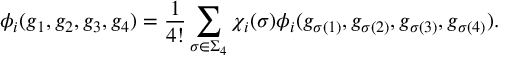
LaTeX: \phi _ { i } ( g _ { 1 } , g _ { 2 } , g _ { 3 } , g _ { 4 } ) = { \frac { 1 } { 4 ! } } \sum _ { \sigma \in \Sigma _ { 4 } } \chi _ { i } ( \sigma ) \phi _ { i } ( g _ { \sigma ( 1 ) } , g _ { \sigma ( 2 ) } , g _ { \sigma ( 3 ) } , g _ { \sigma ( 4 ) } ) .